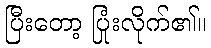
ပြီးတော့ ပြုံးလိုက်၏။